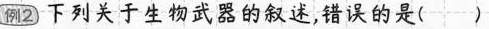
例2 下列关于生物武器的叙述，错误的是（）